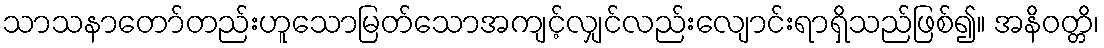
သာသနာတော်တည်းဟူသောမြတ်သောအကျင့်လျှင်လည်းလျောင်းရာရှိသည်ဖြစ်၍။ အနိဝတ္တိ၊